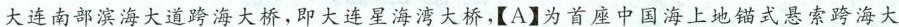
大连南部滨海大道跨海大桥，即大连星海湾大桥，【A】\underline{为首座中国海上地锚式悬索跨海大}